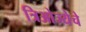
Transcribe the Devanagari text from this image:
त्रिओज्येचे